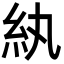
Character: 紈